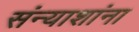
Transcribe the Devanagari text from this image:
संन्याशांना